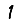
Digit: 1